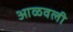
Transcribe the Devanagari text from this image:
आळवली